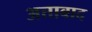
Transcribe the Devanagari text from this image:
अत्ताबाद